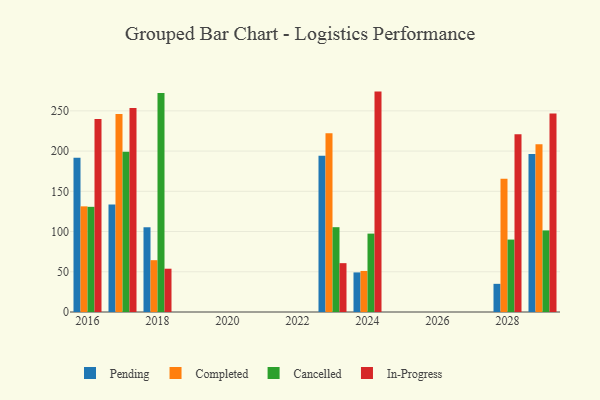
{"axis": {"x": "Year", "y": "Bounce Rate (%)"}, "legend": ["Cancelled", "Completed", "In-Progress", "Pending"], "data": [{"x": "2023", "y": 194.1, "type": "Pending"}, {"x": "2023", "y": 222.0, "type": "Completed"}, {"x": "2023", "y": 105.4, "type": "Cancelled"}, {"x": "2023", "y": 60.7, "type": "In-Progress"}, {"x": "2028", "y": 35.0, "type": "Pending"}, {"x": "2028", "y": 165.6, "type": "Completed"}, {"x": "2028", "y": 90.0, "type": "Cancelled"}, {"x": "2028", "y": 220.9, "type": "In-Progress"}, {"x": "2017", "y": 133.6, "type": "Pending"}, {"x": "2017", "y": 246.2, "type": "Completed"}, {"x": "2017", "y": 199.0, "type": "Cancelled"}, {"x": "2017", "y": 253.4, "type": "In-Progress"}, {"x": "2024", "y": 49.2, "type": "Pending"}, {"x": "2024", "y": 51.0, "type": "Completed"}, {"x": "2024", "y": 97.4, "type": "Cancelled"}, {"x": "2024", "y": 273.9, "type": "In-Progress"}, {"x": "2016", "y": 191.7, "type": "Pending"}, {"x": "2016", "y": 131.3, "type": "Completed"}, {"x": "2016", "y": 130.7, "type": "Cancelled"}, {"x": "2016", "y": 239.9, "type": "In-Progress"}, {"x": "2018", "y": 105.3, "type": "Pending"}, {"x": "2018", "y": 64.4, "type": "Completed"}, {"x": "2018", "y": 272.1, "type": "Cancelled"}, {"x": "2018", "y": 53.8, "type": "In-Progress"}, {"x": "2029", "y": 196.5, "type": "Pending"}, {"x": "2029", "y": 208.5, "type": "Completed"}, {"x": "2029", "y": 101.4, "type": "Cancelled"}, {"x": "2029", "y": 246.7, "type": "In-Progress"}]}